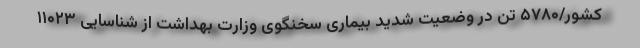
کشور/۵۷۸۰ تن در وضعیت شدید بیماری سخنگوی وزارت بهداشت از شناسایی ۱۱۰۲۳